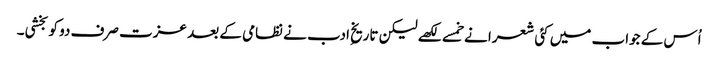
اُس کے جواب میں کئی شعرا نے خمسے لکھے لیکن تاریخِ ادب نے نظامی کے بعد عزت صرف دو کو بخشی۔